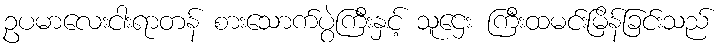
ဥပမာလေးငါးရာတန် စားသောက်ပွဲကြီးနှင့် သူဌေး ကြီးထမင်းမြိန်ခြင်းသည်